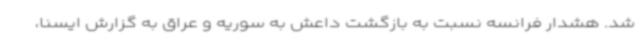
شد. هشدار فرانسه نسبت به بازگشت داعش به سوریه و عراق به گزارش ایسنا،